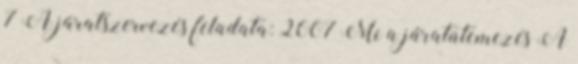
7 A járatszervezés feladata: 2007 Mi a járatütemezés A